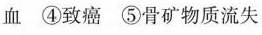
血④致癌⑤骨矿物质流失